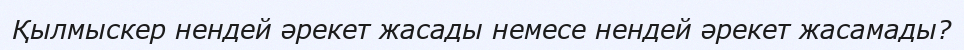
Қылмыскер нендей әрекет жасады немесе нендей әрекет жасамады?